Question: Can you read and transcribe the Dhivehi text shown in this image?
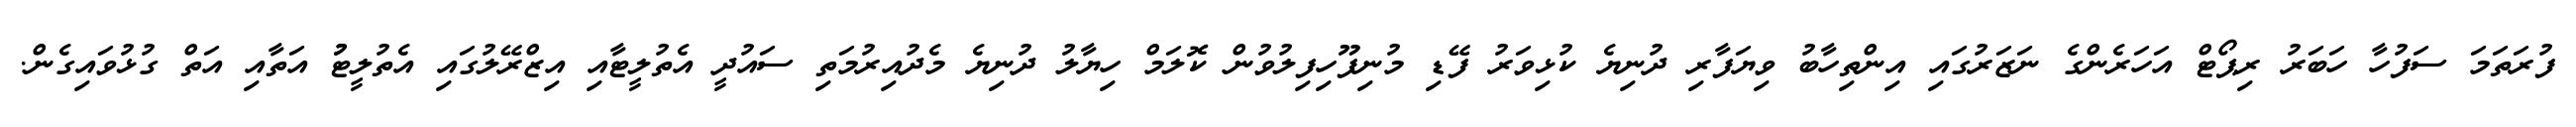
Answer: ފުރަތަމަ ސަފުހާ ހަބަރު ރިޕޯޓް އަހަރެންގެ ނަޒަރުގައި އިންތިހާބު ވިޔަފާރި ދުނިޔެ ކުޅިވަރު ފޭޑި މުނިފޫހިފިލުވުން ކޮލަމް ހިޔާލު ދުނިޔެ މެދުއިރުމަތި ސައުދީ އެތުލީޓާއި އިޒްރޭލުގައި އެތުލީޓުު އަތާއި އަތް ގުޅުވައިގެން.